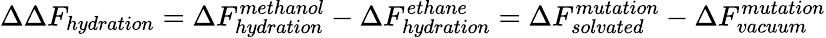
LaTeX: \Delta\Delta F_{hydration}=\Delta F_{hydration}^{methanol}-\Delta F_{hydration}^{ethane}=\Delta F_{solvated}^{mutation}-\Delta F_{vacuum}^{mutation}